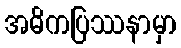
အဓိကပြဿနာမှာ